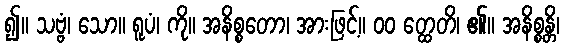
၍။ သဗ္ဗံ၊ သော။ ရူပံ၊ ကို။ အနိစ္စတော၊ အားဖြင့်။ ၀၀ တ္ထေတိ၊ ၏။ အနိစ္စန္တိ၊